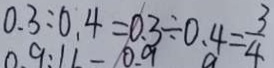
0 . 3 : 0 . 4 = 0 . 3 \div 0 . 4 = \frac { 3 } { 4 }